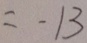
= - 1 3